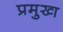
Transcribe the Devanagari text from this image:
प्रमुख्‍ा